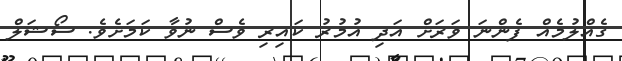
ގެއްލުމެއް ފެންނަ ވަރަށް އަދި އުމުރު ކައިރި ވެސް ނުވާ ކަމަށެވެ. ސޯޝަލް